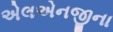
એલએનજીના